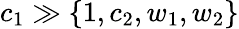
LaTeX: c_{1}\gg\{ 1,c_{2},w_{1},w_{2}\}